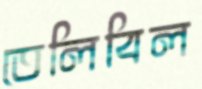
তেলিবিল